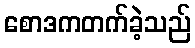
စောဒကတက်ခဲ့သည်